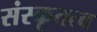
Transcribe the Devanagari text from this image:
संस्कृतत्व